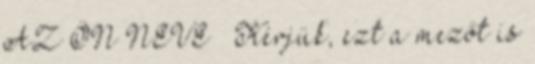
AZ ÖN NEVE » Kérjük, ezt a mezőt is